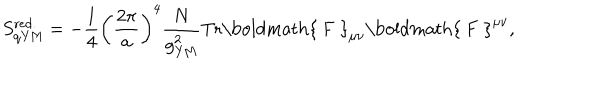
LaTeX: S _ { \mathrm { q Y M } } ^ { \mathrm { r e d . } } = - { \frac { 1 } { 4 } } \left( { \frac { 2 \pi } { a } } \right) ^ { 4 } { \frac { N } { g _ { \mathrm { Y M } } ^ { 2 } } } \mathrm { T r } { \mathrm { \boldmath { ~ F ~ } } } _ { \mu \nu } { \mathrm { \boldmath { ~ F ~ } } } ^ { \mu \nu } ,